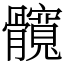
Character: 髖